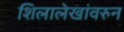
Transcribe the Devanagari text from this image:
शिलालेखांवरुन